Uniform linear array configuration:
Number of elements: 12
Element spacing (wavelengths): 0.25
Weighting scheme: cosine
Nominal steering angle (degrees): -45
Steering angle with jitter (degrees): -45.238
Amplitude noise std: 0.05
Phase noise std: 0.05

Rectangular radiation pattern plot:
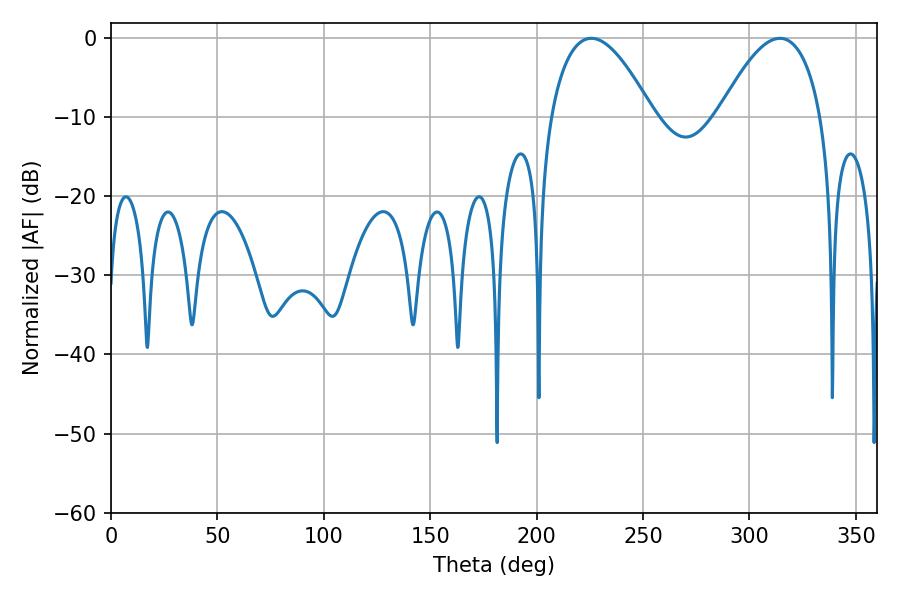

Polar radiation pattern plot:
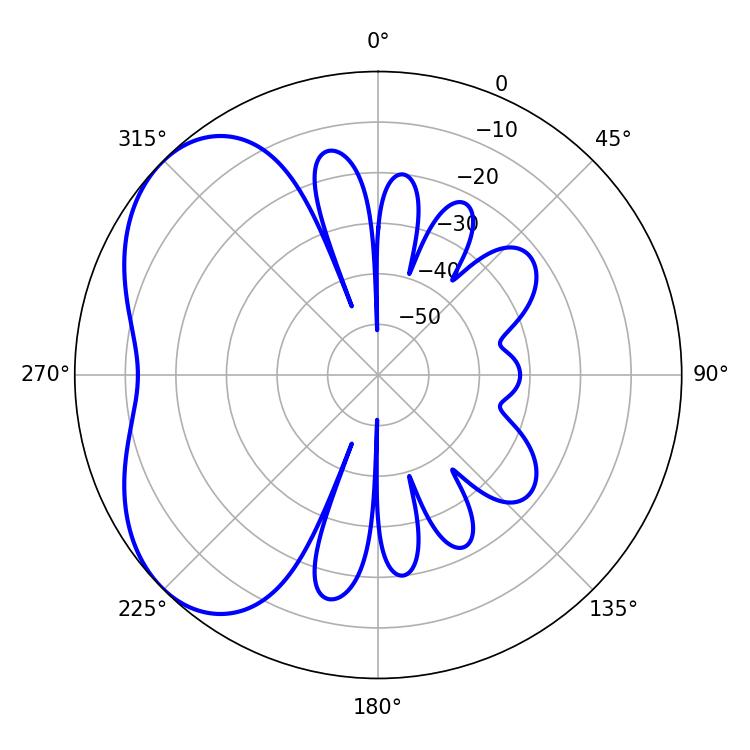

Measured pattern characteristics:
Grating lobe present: FALSE
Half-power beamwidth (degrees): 26.46
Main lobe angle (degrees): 225.72